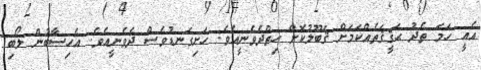
އެއީ ހަމަ ތެދު ޙަޤީޤަތެއްކަމަށް ޤަބޫލުކޮށް ހިތްދެވެނީއެވެ. ހަށިގަނޑުވެސް ދެވެނީއެވެ. އެހިސާބުން ލޯބި